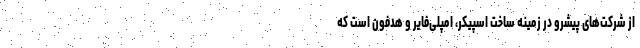
از شرکت‌های پیشرو در زمینه ساخت اسپیکر، امپلی‌فایر و هدفون است که